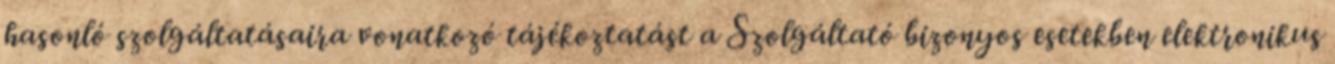
hasonló szolgáltatásaira vonatkozó tájékoztatást a Szolgáltató bizonyos esetekben elektronikus